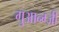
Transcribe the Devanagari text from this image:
गुआन्ग्ज़ी